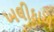
ખલીફાએ